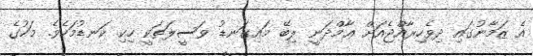
އެ ޒަމާނުގައި ދިވެހިރާއްޖެއަށް ޢާމްދަނީ ލިބޭ މައިގަނޑު ވަސީލަތަކީ ހިކި ކަނޑުމަހެވެ. މަހުގެ